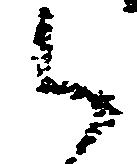
御